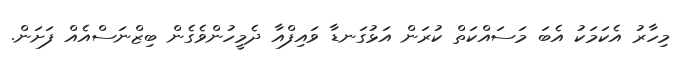
މިހާރު އެކަމަކު އެބަ މަސައްކަތް ކުރަން އަޅުގަނޑާ ވައިފްއާ ދެމީހުންވެގެން ބިޒްނަސްއެއް ފަށަން.